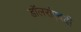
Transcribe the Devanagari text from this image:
डॉलरांएवढी